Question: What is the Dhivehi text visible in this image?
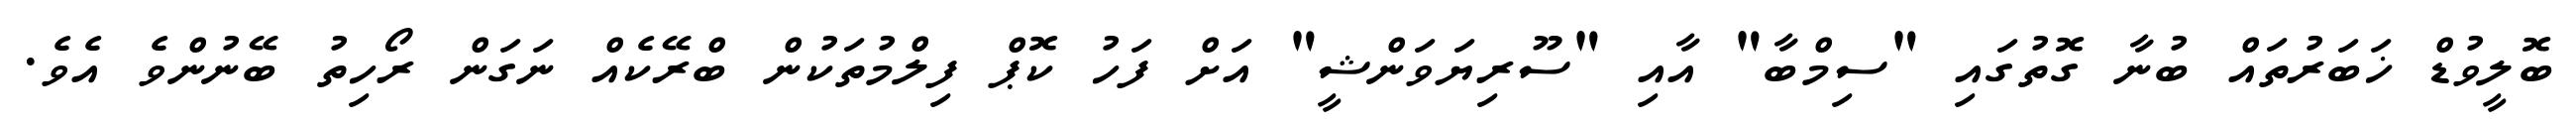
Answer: ބޮލީވުޑް ޚަބަރުތައް ބުނާ ގޮތުގައި "ސިމްބާ" އާއި "ސޫރިޔަވަންޝީ" އަށް ފަހު ކޮޕް ފިލްމުތަކުން ބްރޭކެއް ނަގަން ރޯހިތު ބޭނުންވެ އެވެ.